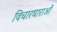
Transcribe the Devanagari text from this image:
विचारधाराओंं